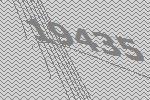
19435